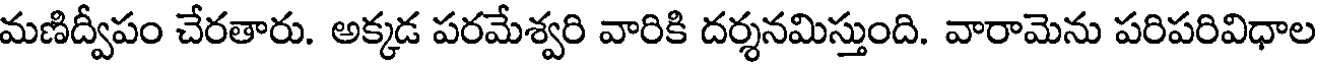
మణిద్వీపం చేరతారు. అక్కడ పరమేశ్వరి వారికి దర్శనమిస్తుంది. వారామెను పరిపరివిధాల